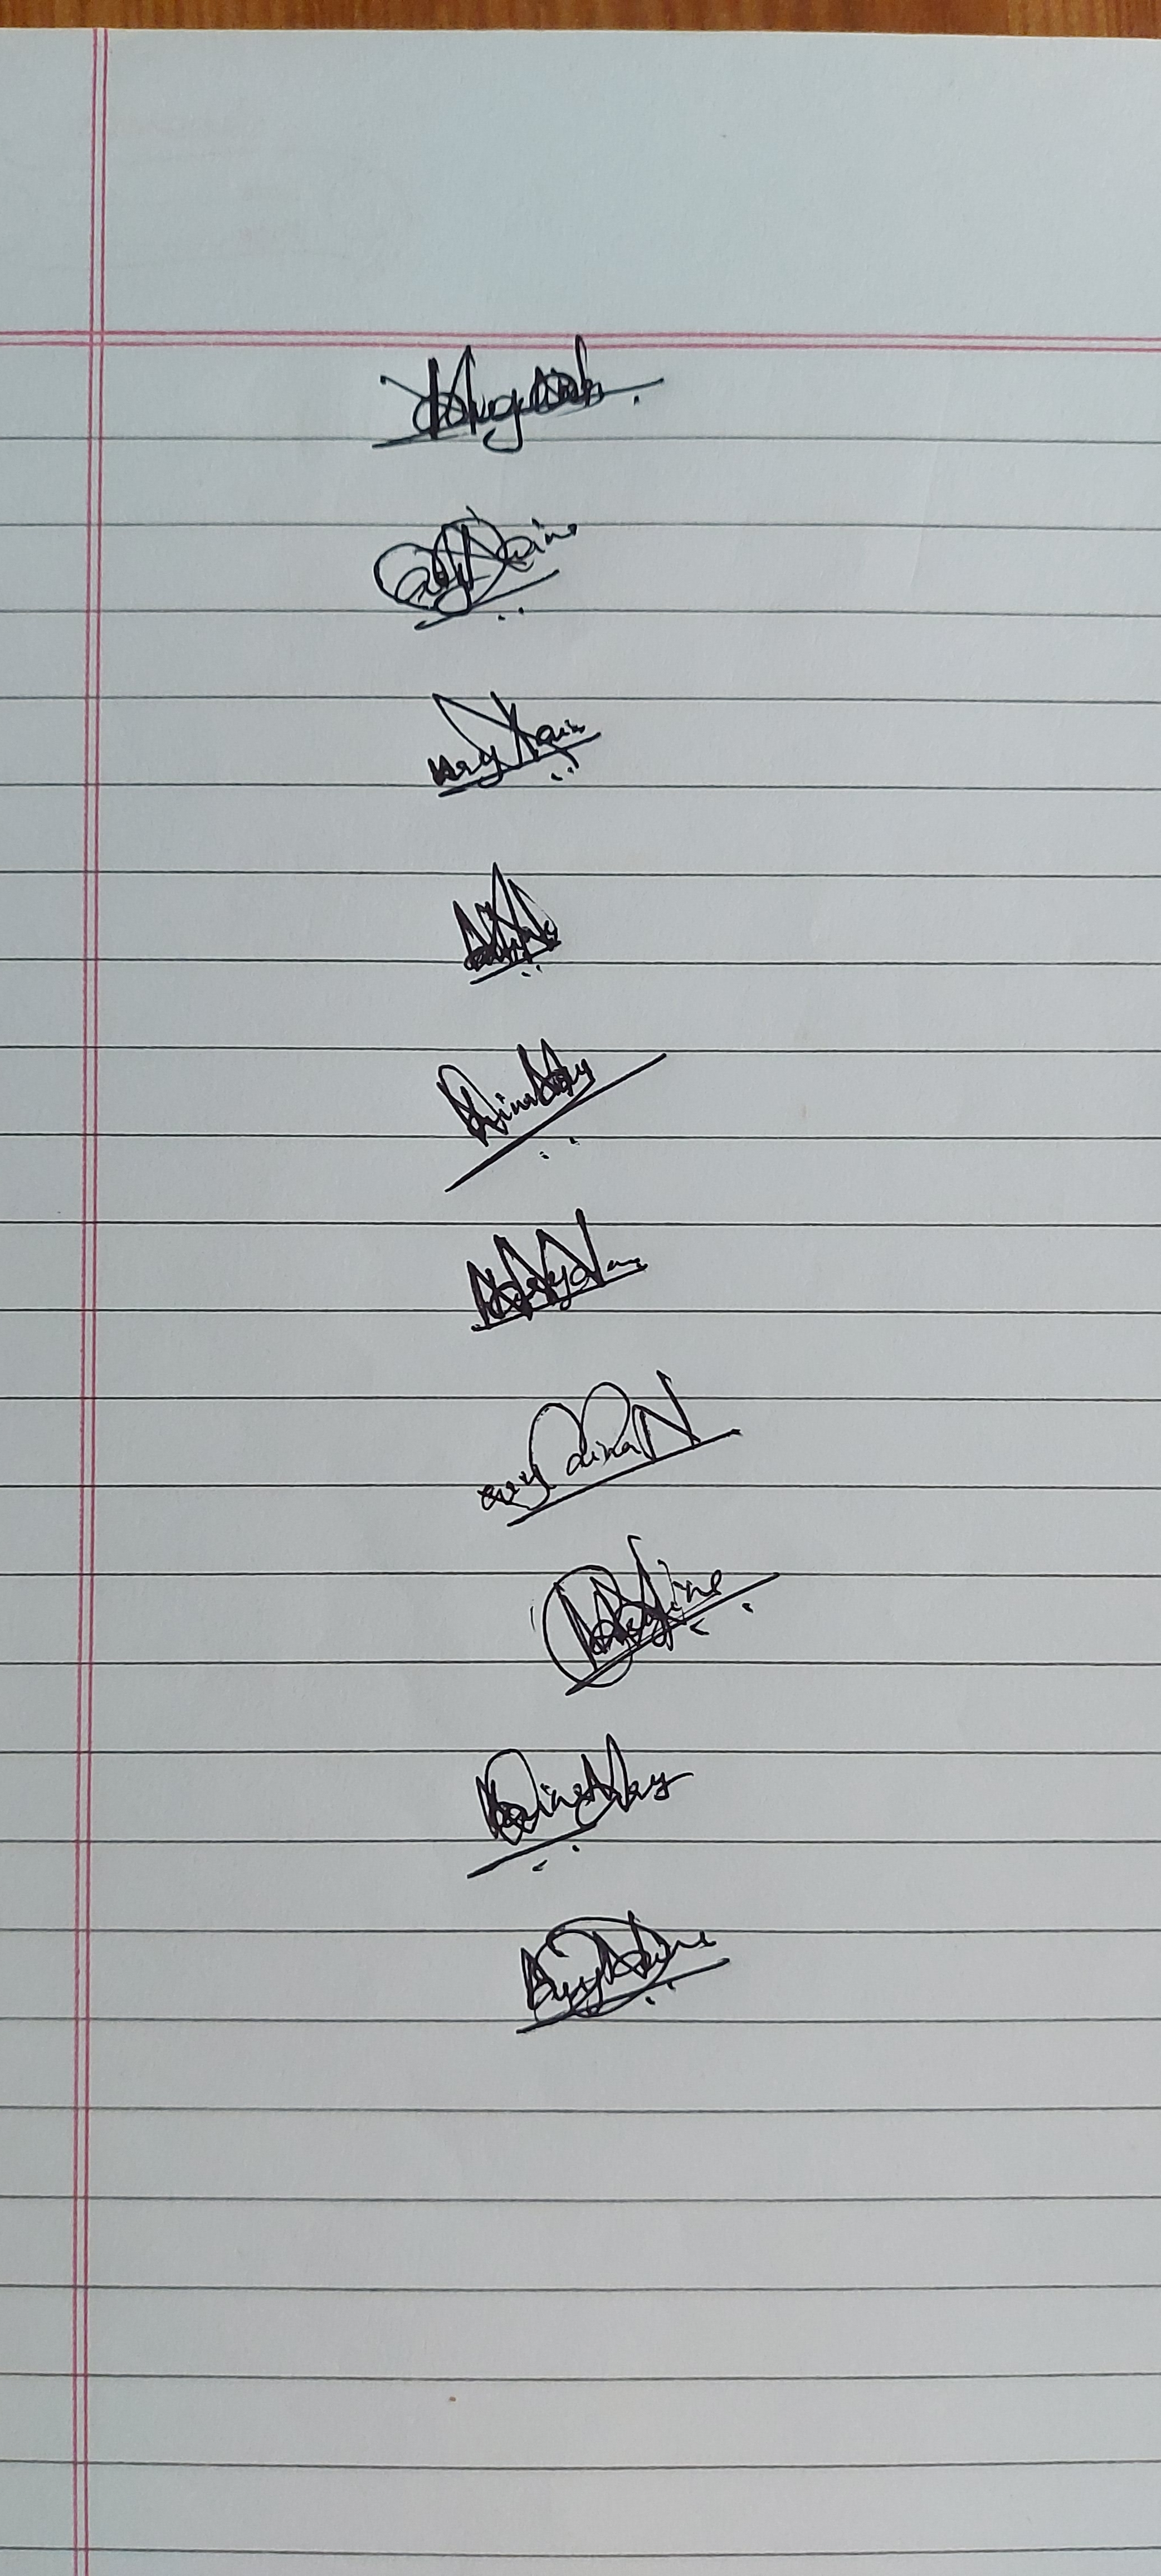
Signature authenticity: genuine